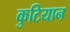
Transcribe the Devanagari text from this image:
कुटियान